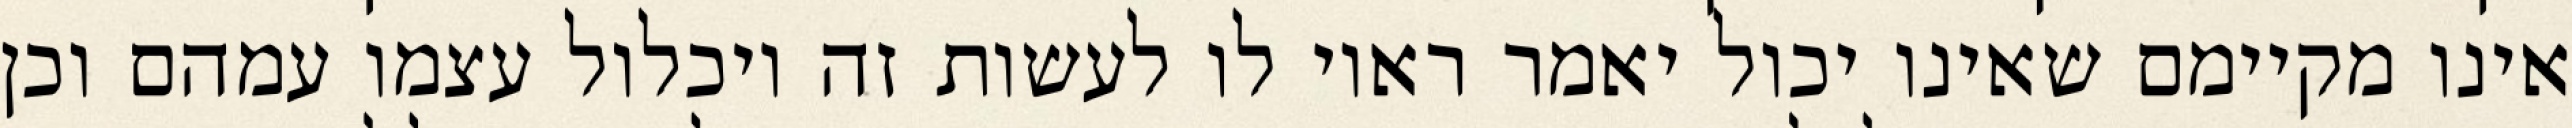
אינו מקיימם שאינו יכול יאמר ראוי לו לעשות זה ויכלול עצמו עמהם וכן